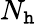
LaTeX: N_{\mathtt{h}}